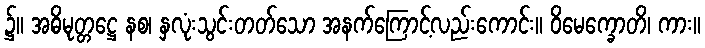
၌။ အဓိမုတ္တဋ္ဌေ နစ၊ နှလုံးသွင်းတတ်သော အနက်ကြောင့်လည်းကောင်း။ ဝိမေက္ခောတိ၊ ကား။